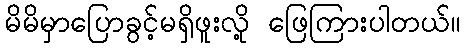
မိမိမှာပြောခွင့်မရှိဖူးလို့ ဖြေကြားပါတယ်။